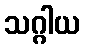
သဂ္ဂါယ